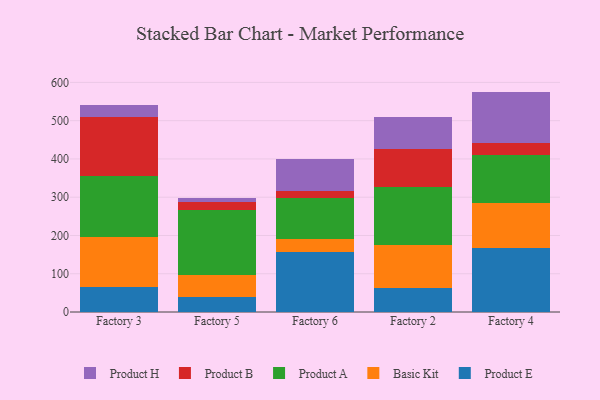
{"axis": {"x": "Factory", "y": "Backlog"}, "legend": ["Basic Kit", "Product A", "Product B", "Product E", "Product H"], "data": [{"x": "Factory 3", "y": 66.3, "type": "Product E"}, {"x": "Factory 3", "y": 128.5, "type": "Basic Kit"}, {"x": "Factory 3", "y": 160.5, "type": "Product A"}, {"x": "Factory 3", "y": 154.2, "type": "Product B"}, {"x": "Factory 3", "y": 31.1, "type": "Product H"}, {"x": "Factory 5", "y": 38.5, "type": "Product E"}, {"x": "Factory 5", "y": 58.9, "type": "Basic Kit"}, {"x": "Factory 5", "y": 168.2, "type": "Product A"}, {"x": "Factory 5", "y": 20.7, "type": "Product B"}, {"x": "Factory 5", "y": 11.0, "type": "Product H"}, {"x": "Factory 6", "y": 157.6, "type": "Product E"}, {"x": "Factory 6", "y": 32.7, "type": "Basic Kit"}, {"x": "Factory 6", "y": 108.1, "type": "Product A"}, {"x": "Factory 6", "y": 16.7, "type": "Product B"}, {"x": "Factory 6", "y": 83.8, "type": "Product H"}, {"x": "Factory 2", "y": 63.6, "type": "Product E"}, {"x": "Factory 2", "y": 111.5, "type": "Basic Kit"}, {"x": "Factory 2", "y": 150.4, "type": "Product A"}, {"x": "Factory 2", "y": 99.3, "type": "Product B"}, {"x": "Factory 2", "y": 84.4, "type": "Product H"}, {"x": "Factory 4", "y": 166.3, "type": "Product E"}, {"x": "Factory 4", "y": 117.4, "type": "Basic Kit"}, {"x": "Factory 4", "y": 127.6, "type": "Product A"}, {"x": "Factory 4", "y": 29.4, "type": "Product B"}, {"x": "Factory 4", "y": 135.3, "type": "Product H"}]}